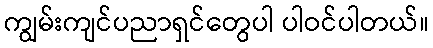
ကျွမ်းကျင်ပညာရှင်တွေပါ ပါဝင်ပါတယ်။